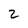
Character: 2